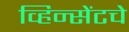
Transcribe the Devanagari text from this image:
व्हिन्सेंटचे